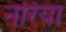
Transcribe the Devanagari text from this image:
नरिया